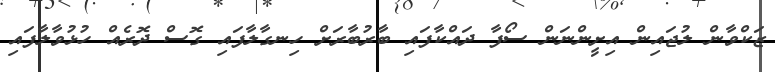
ޒަކްވާން ލުޖައިން އިށީންނަން ސޯފާ ދައްކާފައި ބާރުބާރަށް ހިނގާލާފައި ގޮސް ދޮރެއް ހުޅުވާލާފައި